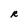
Character: R